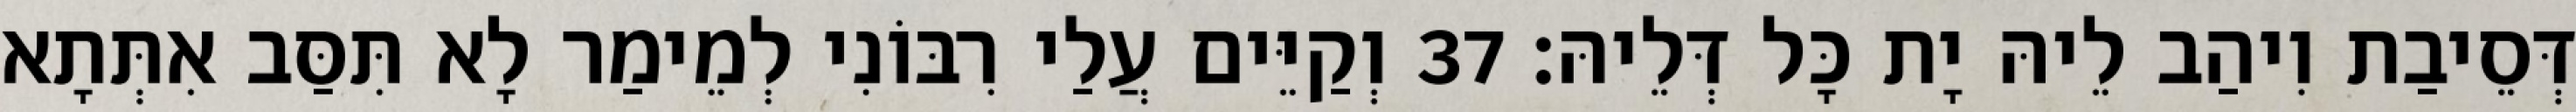
דְּסֵיבַת וִיהַב לֵיהּ יָת כָּל דְּלֵיהּ׃ 37 וְקַיֵּים עֲלַי רִבּוֹנִי לְמֵימַר לָא תִּסַּב אִתְּתָא